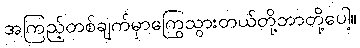
အကြည့်တစ်ချက်မှာကြွေသွားတယ်တို့ဘာတို့ပေါ့။